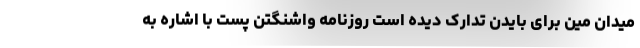
میدان مین برای بایدن تدارک دیده است روزنامه واشنگتن پست با اشاره به